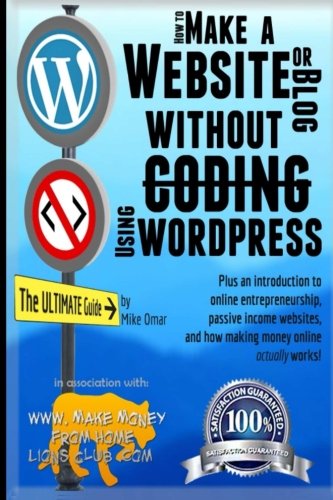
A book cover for How to Make a Website or Blog: with WordPress, WITHOUT Coding, on your own domain, all in under 2 hours! (THE MAKE MONEY FROM HOME LIONS CLUB); Mike Omar; Computers & Technology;